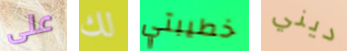
على لك خطيبتي ديني